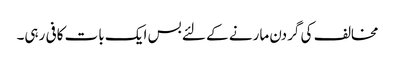
مخالف کی گردن مارنے کے لئے بس ایک بات کافی رہی۔